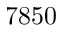
7 8 5 0